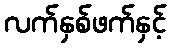
လက်နှစ်ဖက်နှင့်